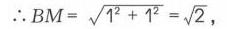
$\therefore BM=\sqrt{1^{2}+1^{2}}=\sqrt{2},$